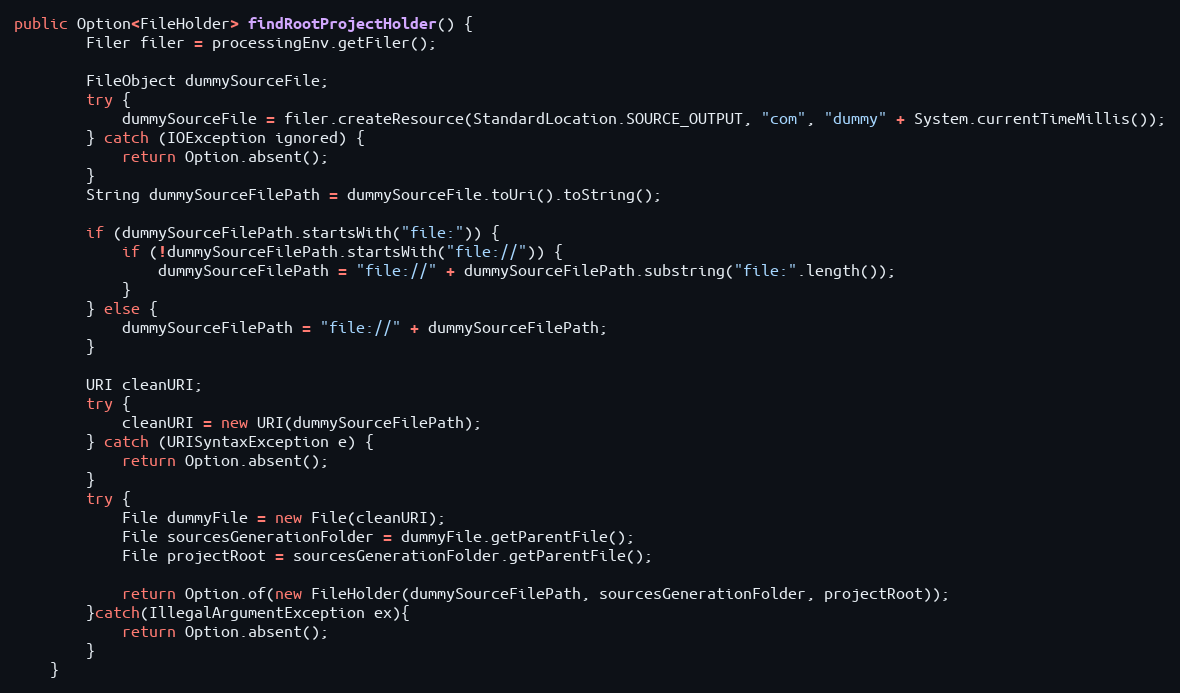
Language: Java
public Option<FileHolder> findRootProjectHolder() {
		Filer filer = processingEnv.getFiler();

		FileObject dummySourceFile;
		try {
			dummySourceFile = filer.createResource(StandardLocation.SOURCE_OUTPUT, "com", "dummy" + System.currentTimeMillis());
		} catch (IOException ignored) {
			return Option.absent();
		}
		String dummySourceFilePath = dummySourceFile.toUri().toString();

		if (dummySourceFilePath.startsWith("file:")) {
			if (!dummySourceFilePath.startsWith("file://")) {
				dummySourceFilePath = "file://" + dummySourceFilePath.substring("file:".length());
			}
		} else {
			dummySourceFilePath = "file://" + dummySourceFilePath;
		}

		URI cleanURI;
		try {
			cleanURI = new URI(dummySourceFilePath);
		} catch (URISyntaxException e) {
			return Option.absent();
		}
		try {
			File dummyFile = new File(cleanURI);
			File sourcesGenerationFolder = dummyFile.getParentFile();
			File projectRoot = sourcesGenerationFolder.getParentFile();

			return Option.of(new FileHolder(dummySourceFilePath, sourcesGenerationFolder, projectRoot));
		}catch(IllegalArgumentException ex){
			return Option.absent();
		}
	}